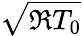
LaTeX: \sqrt{\mathfrak{R}T_{0}}